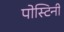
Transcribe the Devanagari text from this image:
पोस्टिनी